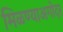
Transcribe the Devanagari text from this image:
मिळण्याअगोदर